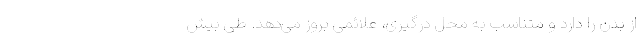
از بدن را دارد و متناسب به محل درگیری، علائمی بُروز می‌دهد. طی بیش